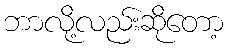
ဘာလို့လည်းဆိုတော့